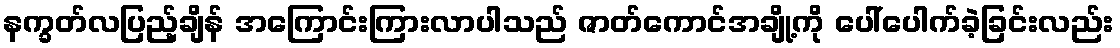
နက္ခတ်လပြည့်ချိန် အကြောင်းကြားလာပါသည် ဇာတ်ကောင်အချို့ကို ပေါ်ပေါက်ခဲ့ခြင်းလည်း